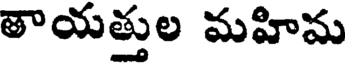
తాయత్తుల మహిమ